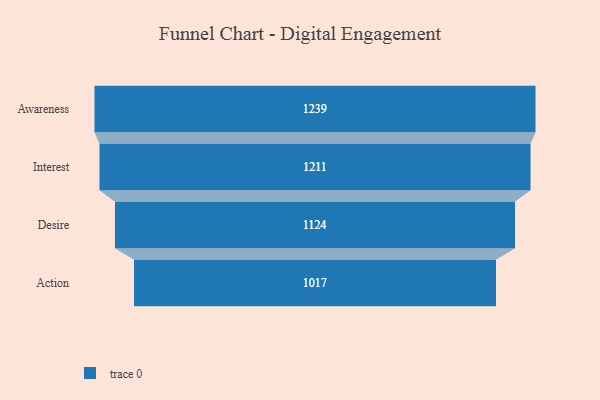
{"axis": {"x": "Stage", "y": "Value"}, "legend": [""], "data": [{"x": "Awareness", "y": 1239.0, "type": ""}, {"x": "Interest", "y": 1211.0, "type": ""}, {"x": "Desire", "y": 1124.0, "type": ""}, {"x": "Action", "y": 1017.0, "type": ""}]}